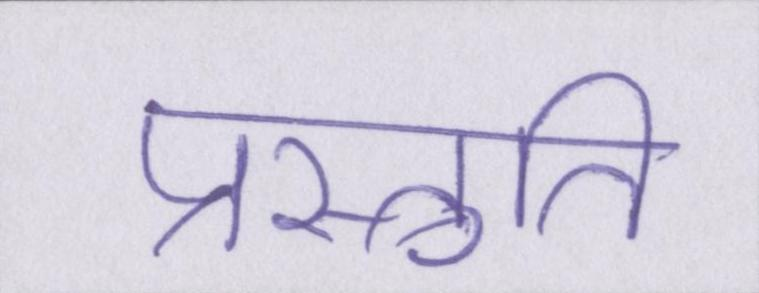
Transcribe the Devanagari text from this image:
प्रस्तुति